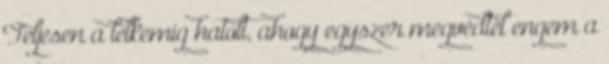
Teljesen a lelkemig hatolt, ahogy egyszer megvédtél engem a